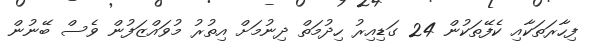
ފިހާރަތަކާއި ކެފޭތަކުން 24 ގަޑިއިރު ހިދުމަތް ދިނުމަށް އިތުރު މުވައްޒަފުން ވެސް ބޭނުން